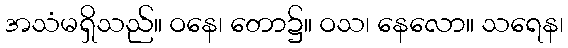
အသံမရှိသည်။ ဝနေ၊ တော၌။ ဝသ၊ နေလော။ သရေန၊